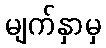
မျက်နှာမှ